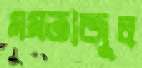
মমতাজুল